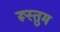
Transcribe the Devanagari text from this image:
रूस्तुम